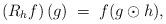
LaTeX: \begin{align*}\left( R_h f \right)(g) \; = \; f(g \odot h),\end{align*}